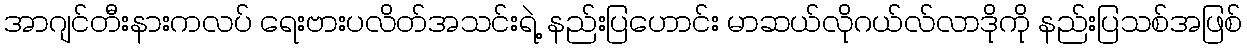
အာဂျင်တီးနားကလပ် ရေးဗားပလိတ်အသင်းရဲ့ နည်းပြဟောင်း မာဆယ်လိုဂယ်လ်လာဒိုကို နည်းပြသစ်အဖြစ်